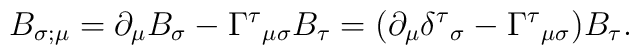
B_{\sigma;\mu}=\partial_{\mu}B_{\sigma}-\Gamma^{\tau}{}_{\mu\sigma}B_{\tau}=(\partial_{\mu}\delta^{\tau}{}_{\sigma}-\Gamma^{\tau}{}_{\mu\sigma})B_{\tau}.